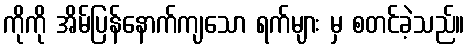
ကိုကို အိမ်ပြန်နောက်ကျသော ရက်များ မှ စတင်ခဲ့သည်။